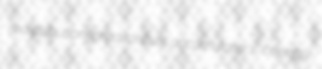
redistribution proditorious accumulator's boringly